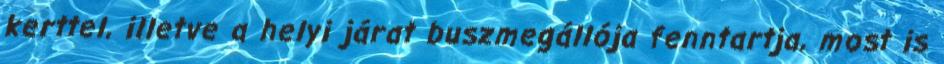
kerttel, illetve a helyi járat buszmegállója fenntartja, most is